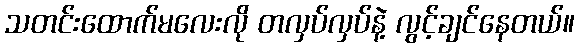
သတင်းထောက်မလေးလို တလှပ်လှပ်နဲ့ လွင့်ချင်နေတယ်။